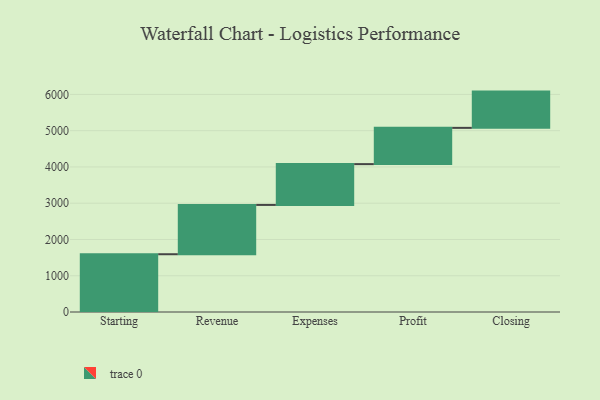
{"axis": {"x": "Step", "y": "Value"}, "legend": [""], "data": [{"x": "Starting", "y": 1593.0, "type": ""}, {"x": "Revenue", "y": 1360.0, "type": ""}, {"x": "Expenses", "y": 1125.0, "type": ""}, {"x": "Profit", "y": 1000, "type": ""}, {"x": "Closing", "y": 1000, "type": ""}]}